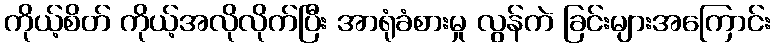
ကိုယ့်စိတ် ကိုယ့်အလိုလိုက်ပြီး အာရုံခံစားမှု လွန်ကဲ ခြင်းများအကြောင်း